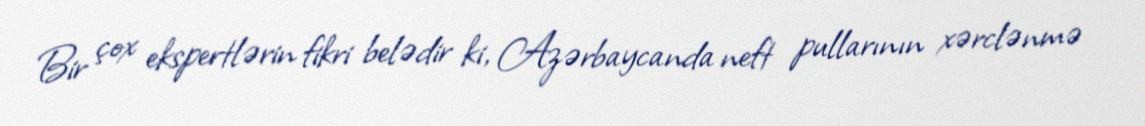
Bir çox ekspertlərin fikri belədir ki, Azərbaycanda neft pullarının xərclənmə